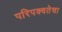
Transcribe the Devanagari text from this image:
परिपक्वतेचा